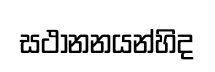
සථානනයන්හිද